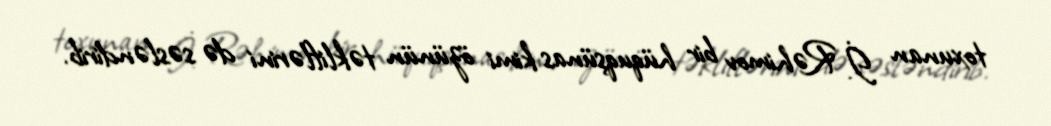
toxunan İ. Rəhimov bir hüquqşünas kimi özünün təkliflərini də səsləndirib.